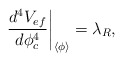
\begin{align*}\left. \frac{d^{4}V_{ef}}{d\phi _{c}^{4}}\right| _{\left\langle\phi \right\rangle }=\lambda _{R},\end{align*}